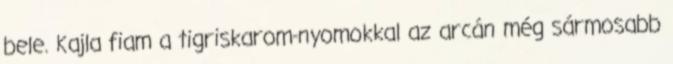
bele. Kajla fiam a tigriskarom-nyomokkal az arcán még sármosabb